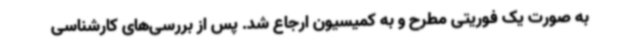
به صورت یک فوریتی مطرح و به کمیسیون ارجاع شد. پس از بررسی‌های کارشناسی